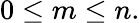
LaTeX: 0\leq m\leq n.